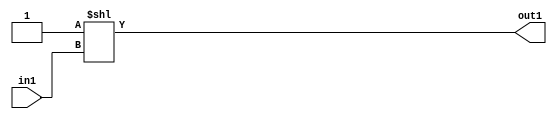
`timescale 1ps / 1ps
/*****************************************************************************
    Verilog RTL Description
    
    
    Created by: Stratus DpOpt 2019.1.01 
*******************************************************************************/

module DC_Filter_DECODE_1024U_10_4 (
	in1,
	out1
	); /* architecture "behavioural" */ 
input [9:0] in1;
output [1023:0] out1;
wire [1023:0] asc001;

assign asc001 = 1024'B0000000000000000000000000000000000000000000000000000000000000000000000000000000000000000000000000000000000000000000000000000000000000000000000000000000000000000000000000000000000000000000000000000000000000000000000000000000000000000000000000000000000000000000000000000000000000000000000000000000000000000000000000000000000000000000000000000000000000000000000000000000000000000000000000000000000000000000000000000000000000000000000000000000000000000000000000000000000000000000000000000000000000000000000000000000000000000000000000000000000000000000000000000000000000000000000000000000000000000000000000000000000000000000000000000000000000000000000000000000000000000000000000000000000000000000000000000000000000000000000000000000000000000000000000000000000000000000000000000000000000000000000000000000000000000000000000000000000000000000000000000000000000000000000000000000000000000000000000000000000000000000000000000000000000000000000000000000000000000000000000000000000000000000000000000000000000000000000000000000000000001
    << in1;

assign out1 = asc001;
endmodule

/* CADENCE  urTyTgnX : u9/ySgnWtBlWxVPRXgAZ4Og= ** DO NOT EDIT THIS LINE ******/